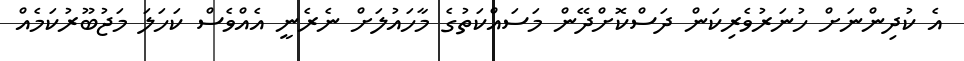
އެ ކުދިންނަށް ހުނަރުވެރިކަން ދަސްކޮށްދޭން މަސައްކަތުގެ މާހައުލަށް ނެރެނީ އެއްވެސް ކަހަލަ މަޖުބޫރުކަމެއް